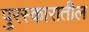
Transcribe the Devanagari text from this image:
पुरस्कारातील